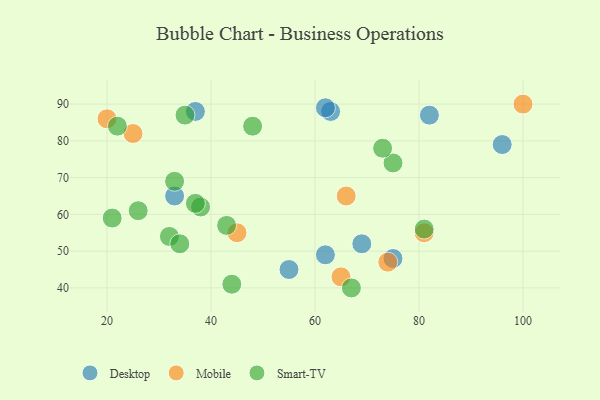
{"axis": {"x": "GDP", "y": "Life Expectancy"}, "legend": ["Desktop", "Mobile", "Smart-TV"], "data": [{"x": "62", "y": 49, "type": "Desktop"}, {"x": "96", "y": 79, "type": "Desktop"}, {"x": "55", "y": 45, "type": "Desktop"}, {"x": "33", "y": 65, "type": "Desktop"}, {"x": "37", "y": 88, "type": "Desktop"}, {"x": "63", "y": 88, "type": "Desktop"}, {"x": "62", "y": 89, "type": "Desktop"}, {"x": "75", "y": 48, "type": "Desktop"}, {"x": "82", "y": 87, "type": "Desktop"}, {"x": "69", "y": 52, "type": "Desktop"}, {"x": "74", "y": 47, "type": "Mobile"}, {"x": "25", "y": 82, "type": "Mobile"}, {"x": "45", "y": 55, "type": "Mobile"}, {"x": "65", "y": 43, "type": "Mobile"}, {"x": "20", "y": 86, "type": "Mobile"}, {"x": "81", "y": 55, "type": "Mobile"}, {"x": "100", "y": 90, "type": "Mobile"}, {"x": "66", "y": 65, "type": "Mobile"}, {"x": "75", "y": 74, "type": "Smart-TV"}, {"x": "35", "y": 87, "type": "Smart-TV"}, {"x": "38", "y": 62, "type": "Smart-TV"}, {"x": "37", "y": 63, "type": "Smart-TV"}, {"x": "21", "y": 59, "type": "Smart-TV"}, {"x": "67", "y": 40, "type": "Smart-TV"}, {"x": "26", "y": 61, "type": "Smart-TV"}, {"x": "81", "y": 56, "type": "Smart-TV"}, {"x": "73", "y": 78, "type": "Smart-TV"}, {"x": "32", "y": 54, "type": "Smart-TV"}, {"x": "33", "y": 69, "type": "Smart-TV"}, {"x": "48", "y": 84, "type": "Smart-TV"}, {"x": "44", "y": 41, "type": "Smart-TV"}, {"x": "22", "y": 84, "type": "Smart-TV"}, {"x": "34", "y": 52, "type": "Smart-TV"}, {"x": "43", "y": 57, "type": "Smart-TV"}]}